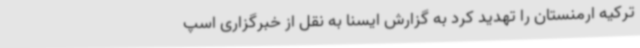
ترکیه ارمنستان را تهدید کرد به گزارش ایسنا به نقل از خبرگزاری اسپ